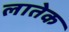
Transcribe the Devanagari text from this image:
लातेक